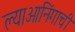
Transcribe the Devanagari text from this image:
ल्याओनिंगाची